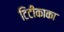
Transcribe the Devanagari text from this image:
टिटीकाका